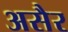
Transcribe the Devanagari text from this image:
असैर